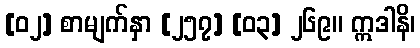
[၀၂] စာမျက်နှာ [၂၅၇] [၀၃] ၂၆၉။ ဣဒါနိ၊